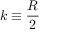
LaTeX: k \equiv { \frac { R } { 2 } }